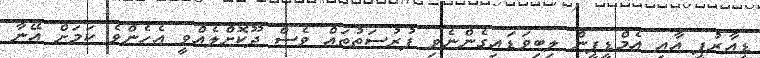
ޑީއާރުޕީ އާއި އެމްޑީޕީން ލިބިވަޑައިގެންނެވި ފުރުސަތުތައް ވެސް ދޫކޮށްލެއްވީ އެހެންވެ ކަމަށް އޭނާ